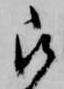
被